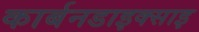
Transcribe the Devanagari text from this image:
कार्बनडाइक्साइ